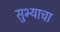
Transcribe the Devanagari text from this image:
सुभ्याचा